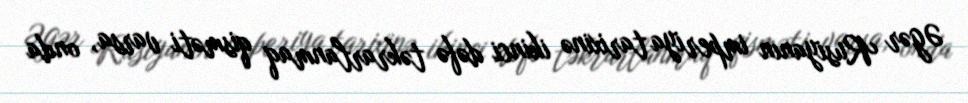
Əgər Rusiyanın imperiya tarixinə ikinci dəfə təkrarlanmaq qisməti varsa, onda